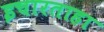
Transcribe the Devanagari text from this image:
इचारताहा